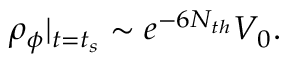
\rho _ { \phi } | _ { t = t _ { s } } \sim e ^ { - 6 N _ { t h } } V _ { 0 } .